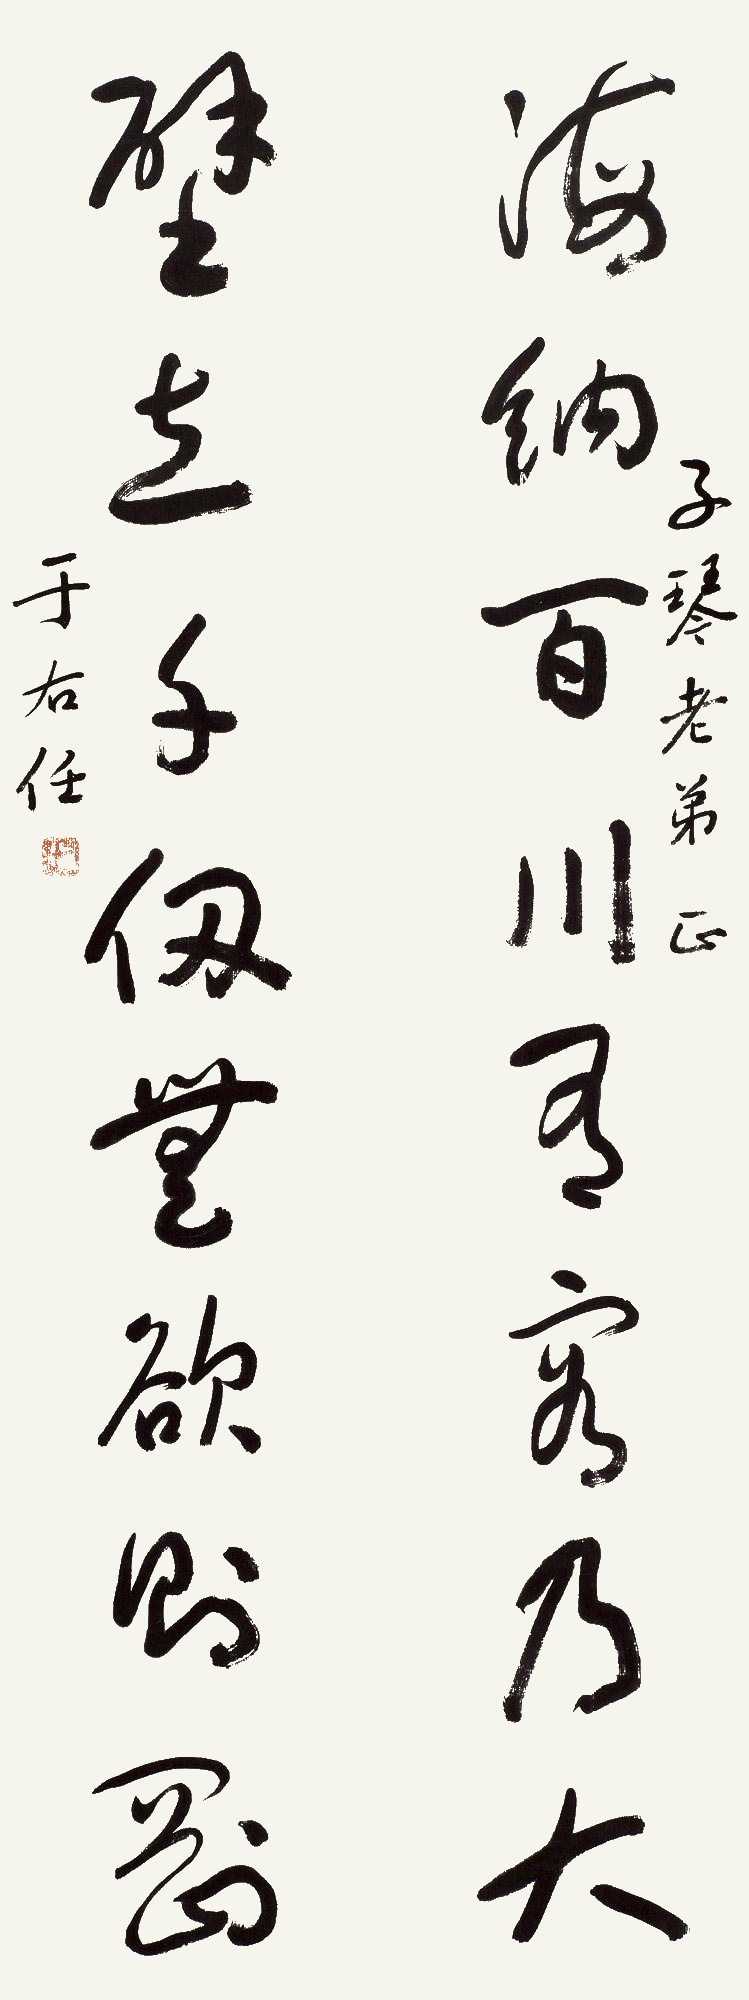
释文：海纳百川有容乃大，壁立千仞无欲则刚。子琴老弟正，于右任。